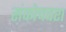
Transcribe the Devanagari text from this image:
संकोचवश